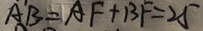
A B = A F + B F = 2 5